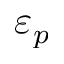
\varepsilon _ { p }